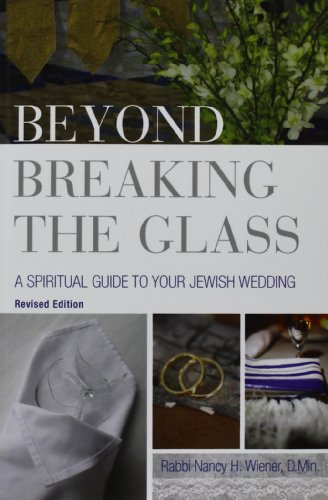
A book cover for Beyond Breaking the Glass: A Spiritual Guide to Your Jewish Wedding; Nancy H Wiener; Crafts, Hobbies & Home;